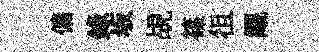
傭録坂覘篠徂覼